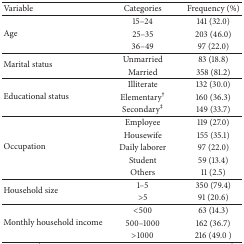
| Variable | Categories | Frequency (%) |
 | --- | --- | --- |
 | <ROWSPAN=3> Age | 15–24 | 141 (32.0) |
 | 25–35 | 203 (46.0) |
 | 36–49 | 97 (22.0) |
 | <ROWSPAN=2> Marital status | Unmarried | 83 (18.8) |
 | Married | 358 (81.2) |
 | <ROWSPAN=3> Educational status | Illiterate | 132 (30.0) |
 | Elementary† | 160 (36.3) |
 | Secondary‡ | 149 (33.7) |
 | <ROWSPAN=5> Occupation | Employee | 119 (27.0) |
 | Housewife | 155 (35.1) |
 | Daily laborer | 97 (22.0) |
 | Student | 59 (13.4) |
 | Others | 11 (2.5) |
 | <ROWSPAN=2> Household size | 1–5 | 350 (79.4) |
 | >5 | 91 (20.6) |
 | <ROWSPAN=3> Monthly household income | <500 | 63 (14.3) |
 | 500–1000 | 162 (36.7) |
 | >1000 | 216 (49.0 ) |